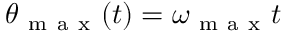
\theta _ { \mathrm { ~ m ~ a ~ x ~ } } ( t ) = \omega _ { \mathrm { ~ m ~ a ~ x ~ } } t